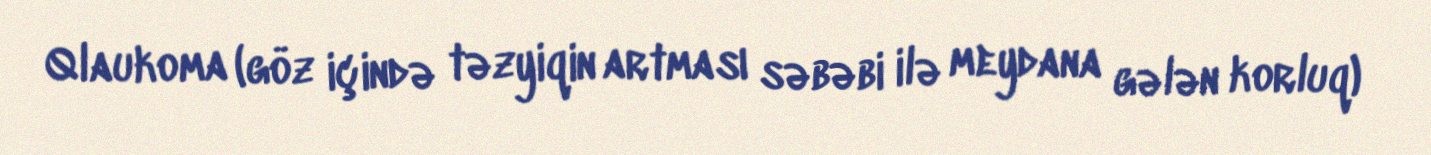
Qlaukoma (göz içində təzyiqin artması səbəbi ilə meydana gələn korluq)